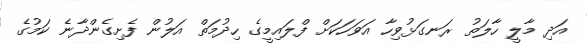
އަދި މާލީ ހާލަތު ރަނގަޅުވިހާ އަވަހަކަށް ފްލައިމީގެ ހިދުމަތް އަލުން ފެށިގެންދާނެ ކަމުގެ